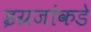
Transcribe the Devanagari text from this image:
इग्रजांकडे